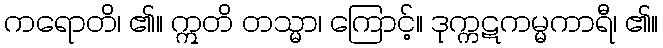
ကရောတိ၊ ၏။ ဣတိ တသ္မာ၊ ကြောင့်။ ဒုက္ကဋကမ္မကာရီ၊ ၏။